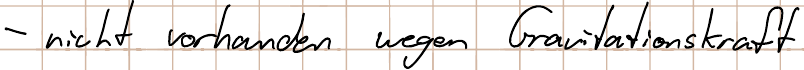
- nicht vorhanden wegen Gravitationskraft